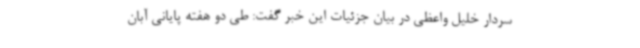
سردار خلیل واعظی در بیان جزئیات این خبر گفت: طی دو هفته پایانی آبان